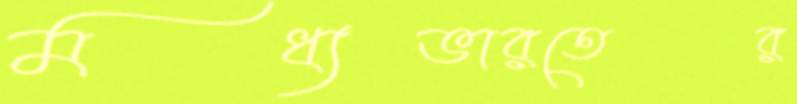
মধ্যভারতের